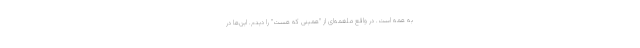
به همه است. در واقع ملغمه‌ای از "همینی که هست" را دیدم. این‌ها در